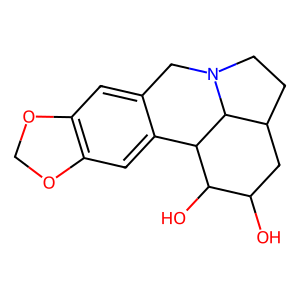
SMILES: OC1CC2CCN3Cc4cc5c(cc4C(C1O)C23)OCO5
Inhibits HIV replication: No